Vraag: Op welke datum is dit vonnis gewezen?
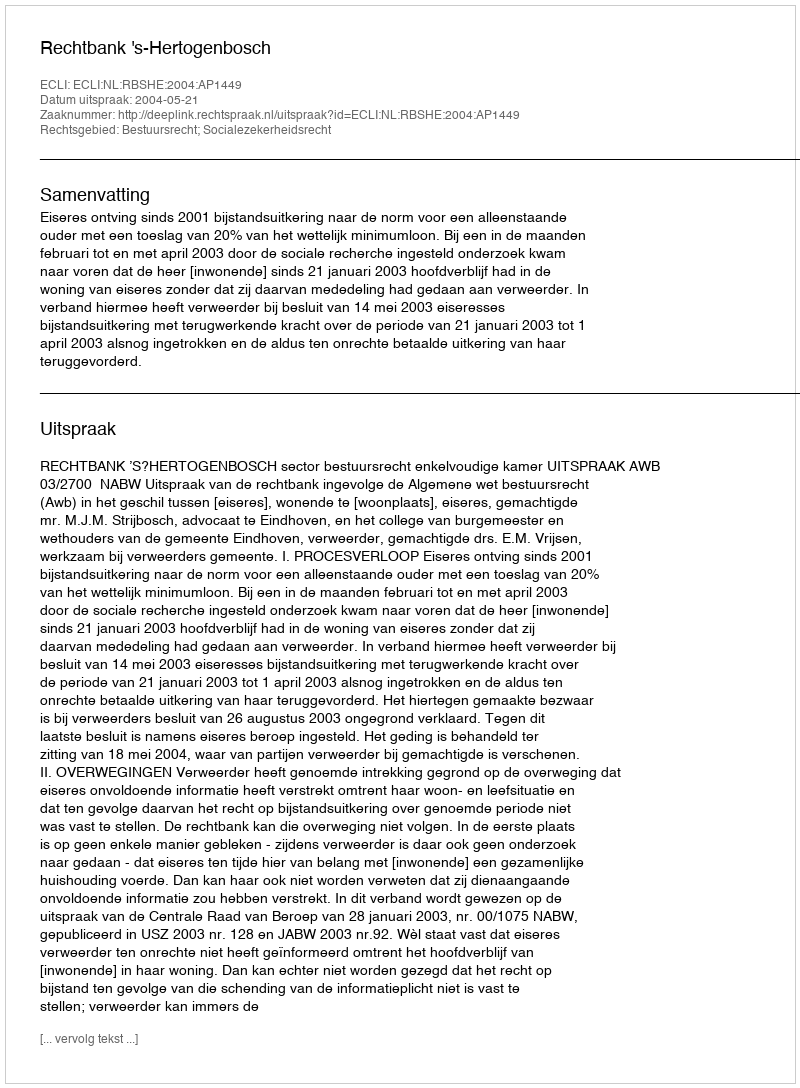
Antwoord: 2004-05-21